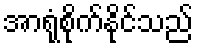
အာရုံစိုက်နိုင်သည်